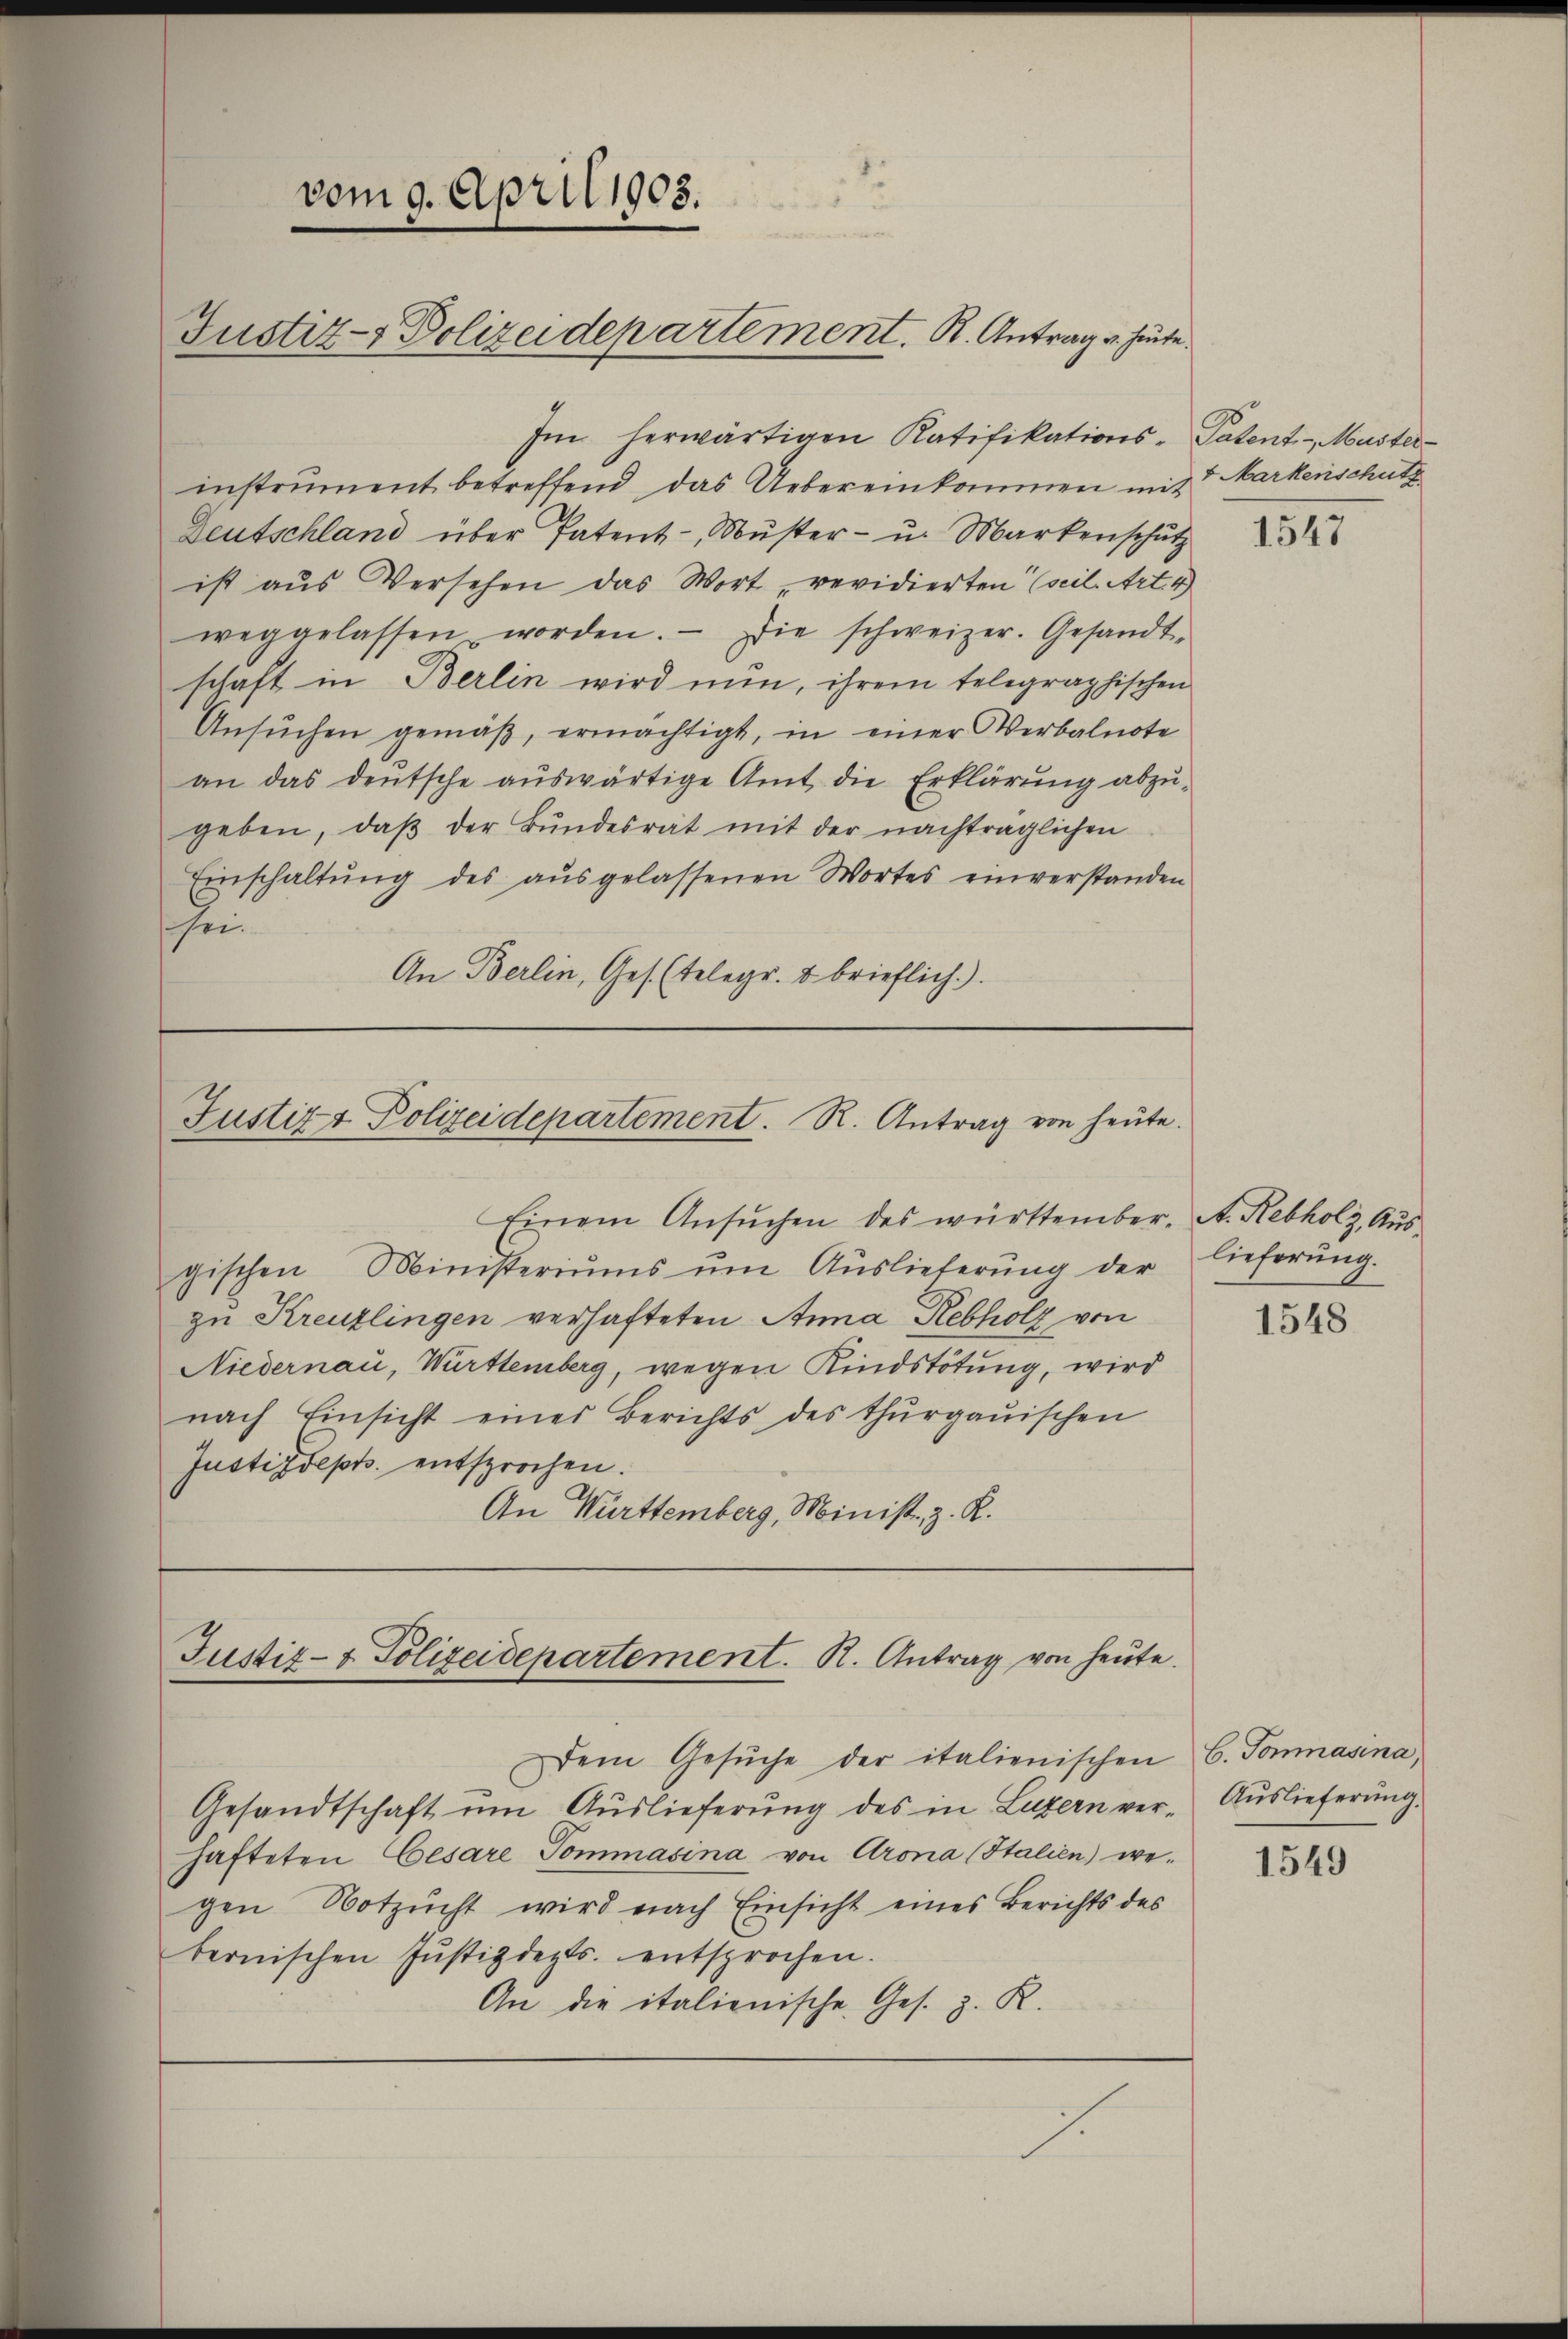
instrument betreffend, das Uebereinkommen mit 7 Markenschutz
Deutschland über Patent - Muster - u. Markenschutz
ist aus Versehen das Wort revidierten (seil. Art. 4
weggelassen worden. Die schweizer. Gesandt-
schaft in Berlin wird nun, ihrem telegraphischen
Ansŭchen gemäß, ermächtigt, in einer Verbalnote
an das deutsche auswärtige Amt die Erklärung abzu-
geben, daß der Bundesrat mit der nachträglichen
Einschaltŭng des aŭsgelassenen Wortes einverstanden
sei.
An Berlin, Ges. (Telegr. 2 brieflich.)

vom 9. April 1905.
Justiz- & Polizeidepartement. K. Antrag u. heute.

Im herwärtigen Ratifikations-Patent. - Muster¬

Justiz & Polizeidepartement. R. Antrag von heute.

Einem Ansuchen des württember. A. Rebholz, Ausgischen Ministeriums um Auslieferung der
zu Kreuzlingen verhafteten Anna Rebholz von
Niedernau, Württemberg, wegen Kindstötung, wird
nach Einsicht eines Berichts des Thurgauischen
Justizdept. entsprochen.
An Württemberg, Minist, z. R.

Justiz- & Polizeidepartement. K. Antrag von heute.

Dem Gesŭche der italienischen C. Somnasina,
Gesandtschaft um Auslieferung des in Luzern verhafteten Cesare Sommasina von Crona (Italien) wegen Notzŭcht wird nach Einsicht eines Berichts des
bernischen Jŭstizdepts. entsprochen.
An die italienische Ges. z. K.

J

1547

lieferung.

1548

Auslieferung.

1549